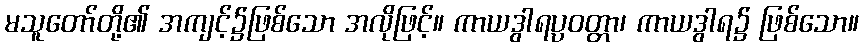
မသူတော်တို့၏ အကျင့်၌ဖြစ်သော အလိုဖြင့်။ ကာယဒွါရပ္ပဝတ္တာ၊ ကာယဒွါရ၌ ဖြစ်သော။